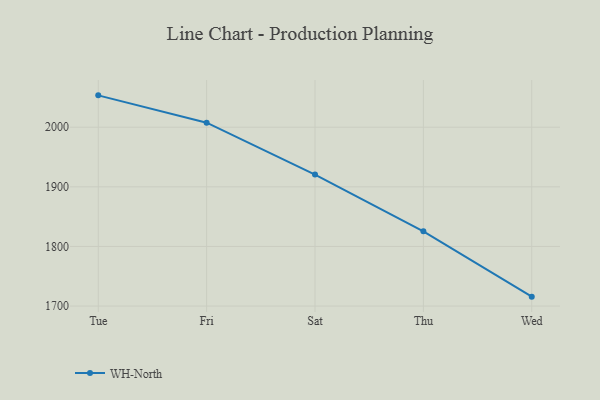
{"axis": {"x": "Day", "y": "Latency (ms)"}, "legend": ["WH-North"], "data": [{"x": "Tue", "y": 2053.4, "type": "WH-North"}, {"x": "Fri", "y": 2007.6, "type": "WH-North"}, {"x": "Sat", "y": 1920.6, "type": "WH-North"}, {"x": "Thu", "y": 1825.4, "type": "WH-North"}, {"x": "Wed", "y": 1715.8, "type": "WH-North"}]}